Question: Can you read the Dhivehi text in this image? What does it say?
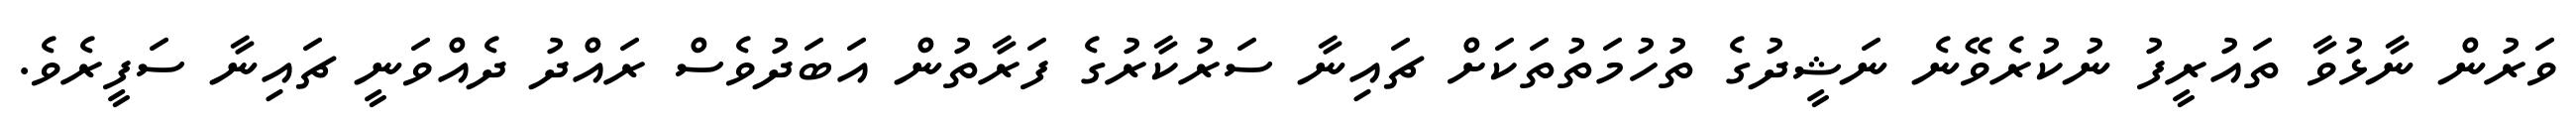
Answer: ވަރުން ނާޅުވާ ތައުރީފު ނުކުރެވޭނެ ނަޝީދުގެ ތުހުމަތުތަކަށް ޗައިނާ ސަރުކާރުގެ ފަރާތުން އަބަދުވެސް ރައްދު ދެއްވަނީ ޗައިނާ ސަފީރެވެ.